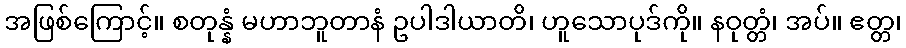
အဖြစ်ကြောင့်။ စတုန္နံ မဟာဘူတာနံ ဥပါဒါယာတိ၊ ဟူသောပုဒ်ကို။ နဝုတ္တံ၊ အပ်။ ဧတ္တ၊